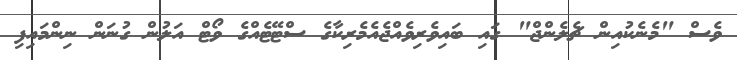
ވެސް "މެނެކުއިން ޗެލެންޖް" ގައި ބައިވެރިވެއްޖެއެމެރިކާގެ ސްޓޭޓެއްގެ ވޯޓް އަލުން ގުނަން ނިންމައިފި